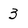
Character: 3